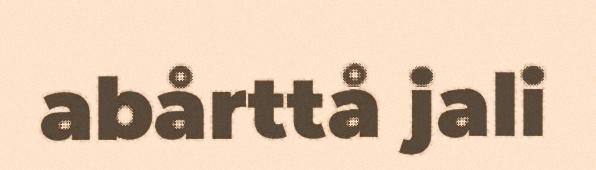
abårttå jali